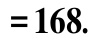
$=168.$